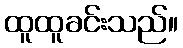
ထူထူခင်းသည်။